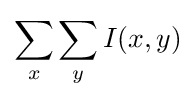
\sum _{x}\sum _{y}I(x,y)\,\!